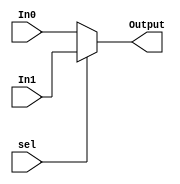
/******************************************************************
* Description
*	Mux 2 to 1
* Version:
*	1.0
* Author:
*	Jesus Martin Barroso
* email:
*	jesus.martin@iteso.mx
* Date:
*	20/02/2021
******************************************************************/
module Mux_2_1
#(
	parameter NBits=32
)
(
	input sel,
	input [NBits-1:0] In0,
	input [NBits-1:0] In1,
	
	output[NBits-1:0] Output

);

   assign Output = sel ? In1 : In0;

endmodule